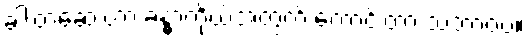
ခါးတဲ့ဆေးဟာ ခန္ဓာကိုယ်အတွက် ကောင်းတာ သဘာဝပဲ။